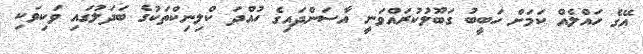
އޭގެ ހައްލެއް ކަމަށް ހަބީބު ގަބޫލުކުރައްވަނީ އާސަންދައިގެ ހުއްދަ ކްލިނިކްތަކުގެ ބަދަލުގައި ވަކިވަކި